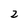
Character: 2